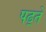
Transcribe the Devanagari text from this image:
पढ़्ते